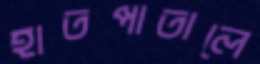
হাতপাতালে